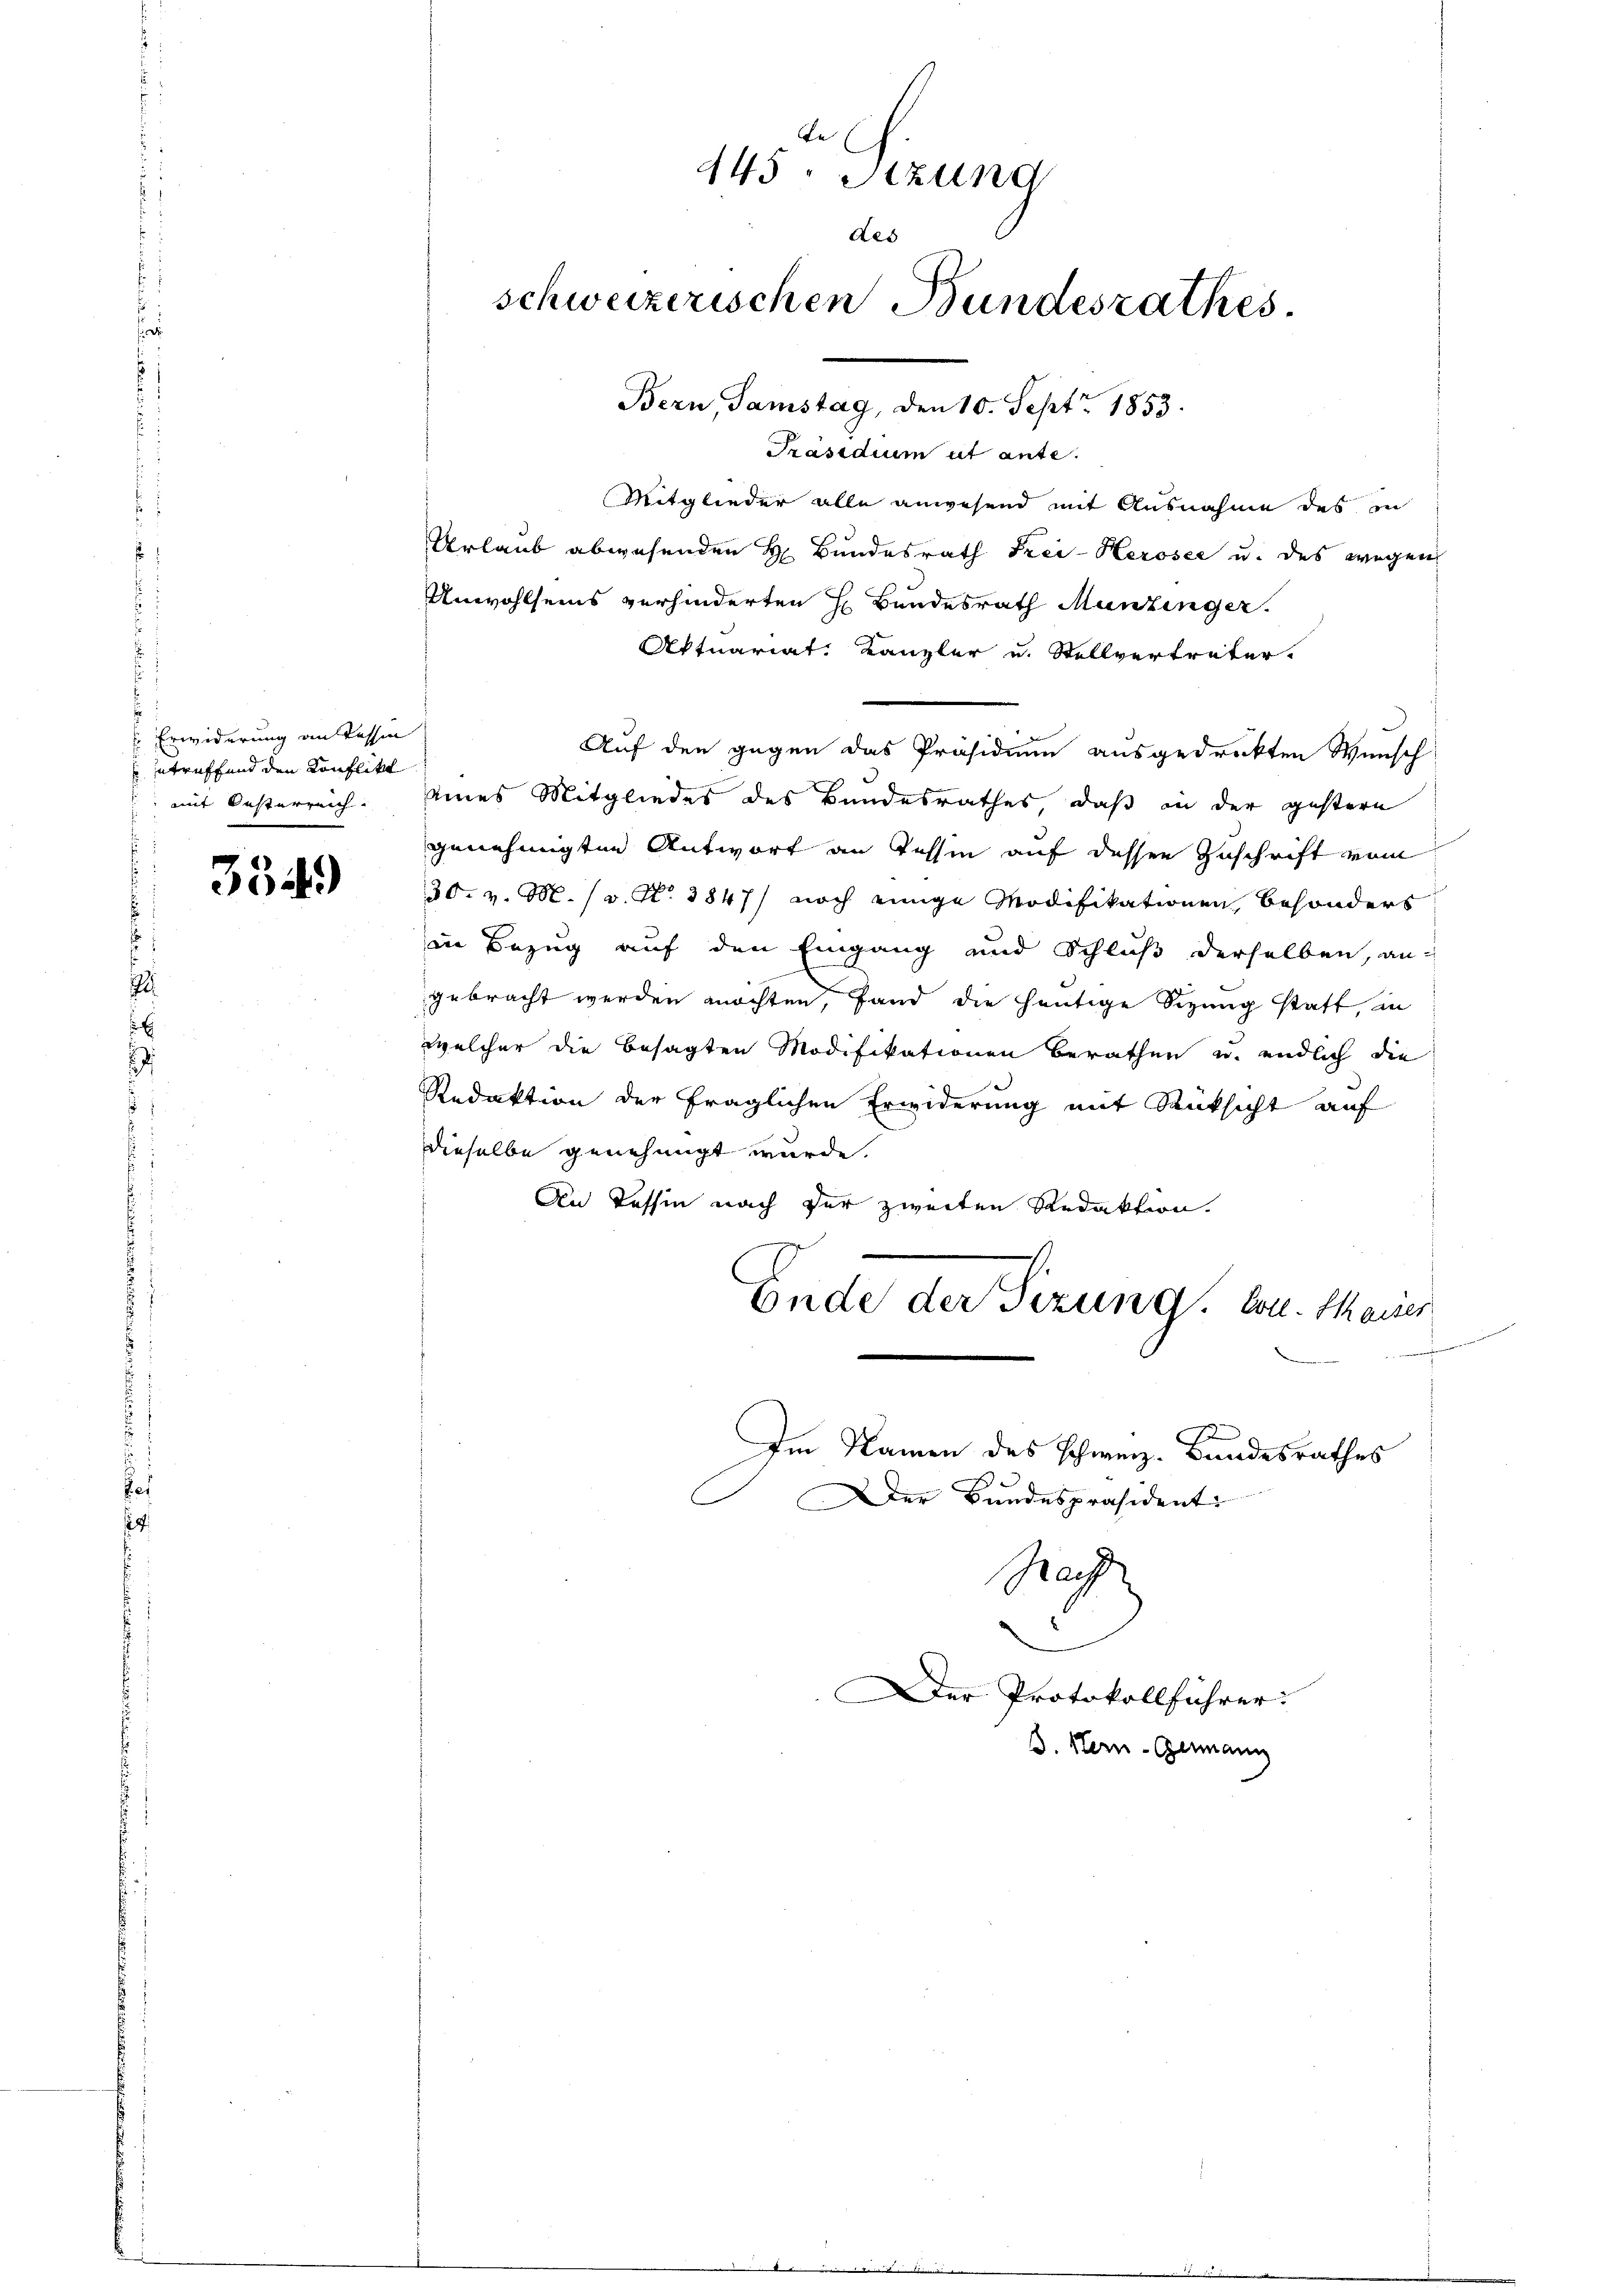
Erwiderung an Tessin
etreffend den Konflikt
mit Oesterreich.

334)

te
445. Stund
des
schweizerischen Bundesrathes.

Bern, Samstag, den 10. Sept 1853.
Präsidium ut ante.
Mitglieder alle anwesend mit Ausnahme des in
Urlaub abwesenden H. Bundesrath Frei-Kerosee u. des wegen
Anwohlseins verhinderten H. Bundesrath Munzinger.
Aktuariat Kanzler u. Stellvertreter.
Auf den gegen das Präsidium ausgedrukten Wunsch
eines Mitgliedes des Bundesrathes, daß in der gestern
genehmigten Antwort an Tessin auf dessen Zuschrift vom
30. v. M. (v. N. 3847) noch einige Modifikationen besonders
in Bezug auf den Eingang und Schluß derselben, angebracht werden möchten, fand die heutige Sizung statt, in
welcher die besagten Modifikationen Berathen u. endlich die
Redaktion der fraglichen Erwiderung mit Rücksicht auf
dieselbe genehmigt wurde.
An Tessin nach der zweiten Redaktion.
Ende der Sizung von Mauer
e
x
Im Namen des schweiz. Bundesrathes
C
Der Bundespräsident:
Ra
Der Protokollführer.
B. Stern-Germann